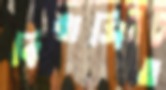
বিবাসিত